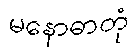
မနောဓာတုံ